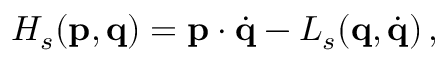
{ \cal H } _ { s } ( \mathbf { p } , \mathbf { q } ) = { \bf p } \cdot \dot { \bf q } - { \cal L } _ { s } ( { \bf q } , \dot { \bf q } ) \, ,